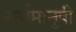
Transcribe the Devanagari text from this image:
अर्धमानुषी